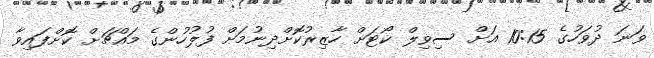
ވަނަ ދުވަހުގެ 10:15 އަށް ސިވިލް ކޯޓަށް ހާޒިރުކޮށްދިނުމަށް ފުލުހުންގެ މައްޗަށް ކޮށްފައިވާ